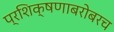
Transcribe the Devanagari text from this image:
प्रशिक्षणाबरोबरच